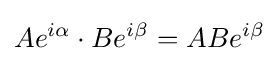
Ae^{i\alpha }\cdot Be^{i\beta }=ABe^{i\beta }